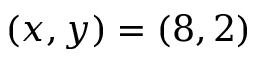
( x , y ) = ( 8 , 2 )